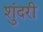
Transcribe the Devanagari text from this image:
शुंदरी